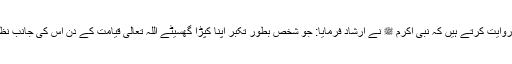
حضرت عبد اللہ بن عمر ؓ روایت کرتے ہیں کہ نبی اکرم ﷺ نے ارشاد فرمایا: جو شخص بطور تکبر اپنا کپڑا گھسیٹے اللہ تعالیٰ قیامت کے دن اس کی جانب نظر رحمت نہیں فرمائے گا۔